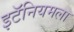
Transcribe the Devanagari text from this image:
इटॅनियमला